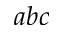
a b c